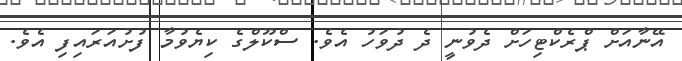
އޭނާއަށް ޕްރެކްޓިހަށް ދެވުނީ ދެ ދުވަހު އެވެ. ސްކޫލްގެ ކިޔެވުމާ ފުށުއަރައިފި އެވެ.